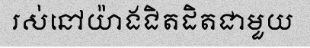
រស់នៅយ៉ាងជិតដិតជាមួយ